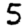
Digit: 5